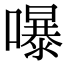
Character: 嚗